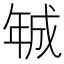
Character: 𢧚